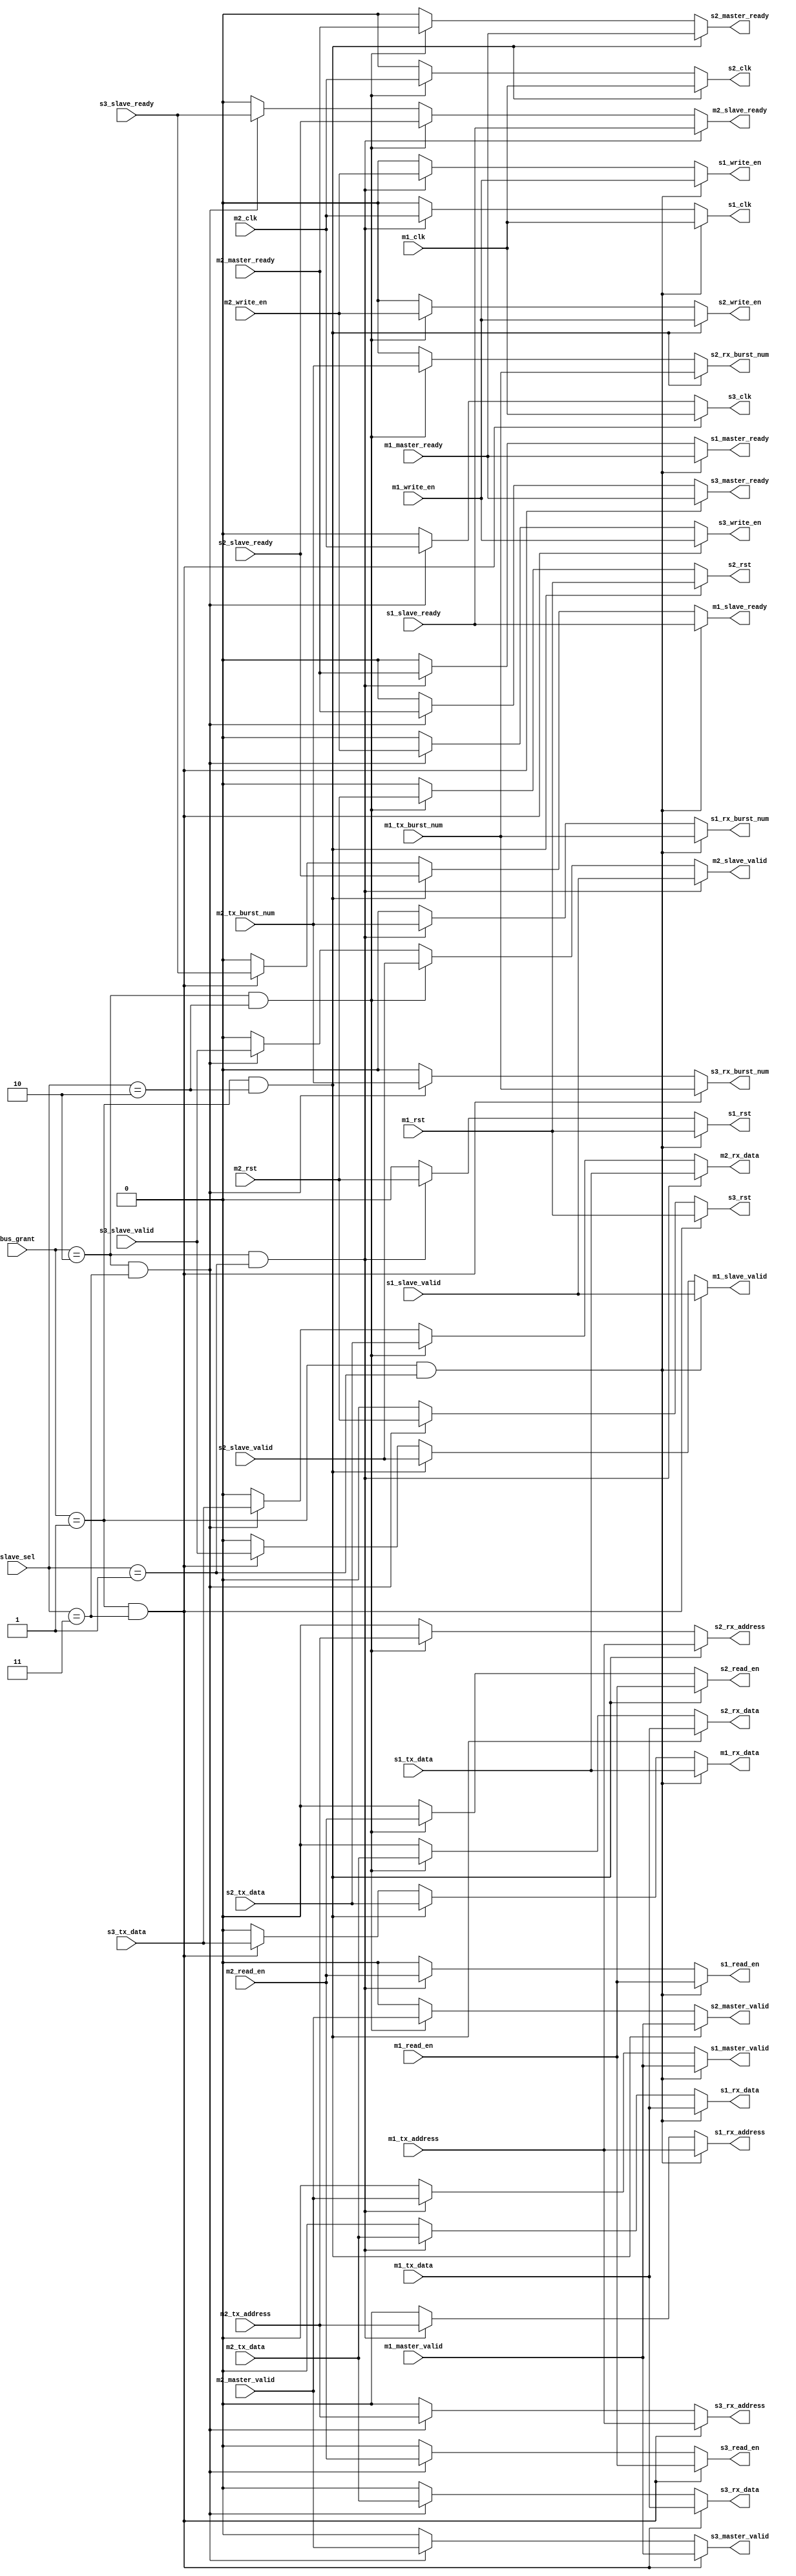

module Bus_mux(

input [1:0] bus_grant, 
input [1:0] slave_sel,

input m1_clk, 
input m1_rst,
input m1_master_valid,
input m1_master_ready,
input m1_tx_address,
input m1_tx_data,
output m1_rx_data,
input m1_write_en,
input m1_read_en,
output m1_slave_valid,
output m1_slave_ready,
input m1_tx_burst_num,

input m2_clk, 
input m2_rst,
input m2_master_valid,
input m2_master_ready,
input m2_tx_address,
input m2_tx_data,
output m2_rx_data,
input m2_write_en,
input m2_read_en,
output m2_slave_valid,
output m2_slave_ready,
input m2_tx_burst_num,

output s1_clk, 
output s1_rst,
output s1_master_valid,
output s1_master_ready,
output s1_rx_address,
output s1_rx_data,
input s1_tx_data,
output s1_write_en,
output s1_read_en,
input s1_slave_valid,
input s1_slave_ready,
output s1_rx_burst_num,

output s2_clk, 
output s2_rst,
output s2_master_valid,
output s2_master_ready,
output s2_rx_address,
output s2_rx_data,
input s2_tx_data,
output s2_write_en,
output s2_read_en,
input s2_slave_valid,
input s2_slave_ready,
output s2_rx_burst_num,

output s3_clk, 
output s3_rst,
output s3_master_valid,
output s3_master_ready,
output s3_rx_address,
output s3_rx_data,
input s3_tx_data,
output s3_write_en,
output s3_read_en,
input s3_slave_valid,
input s3_slave_ready,
output s3_rx_burst_num

);


////////////////// M1 //////////////////////////
assign m1_rx_data     = ((bus_grant == 2'd1) & (slave_sel == 2'd1)) ? s1_tx_data:
                        ((bus_grant == 2'd1) & (slave_sel == 2'd2)) ? s2_tx_data:
                        ((bus_grant == 2'd1) & (slave_sel == 2'd3)) ? s3_tx_data: 1'b0;

assign m1_slave_ready = ((bus_grant == 2'd1) & (slave_sel == 2'd1)) ? s1_slave_ready:
                        ((bus_grant == 2'd1) & (slave_sel == 2'd2)) ? s2_slave_ready: 
                        ((bus_grant == 2'd1) & (slave_sel == 2'd3)) ? s3_slave_ready: 1'b0;
								
assign m1_slave_valid = ((bus_grant == 2'd1) & (slave_sel == 2'd1)) ? s1_slave_valid:
                        ((bus_grant == 2'd1) & (slave_sel == 2'd2)) ? s2_slave_valid: 
                        ((bus_grant == 2'd1) & (slave_sel == 2'd3)) ? s3_slave_valid: 1'b0;
								

////////////////// M2 /////////////////////////
assign m2_rx_data     = ((bus_grant == 2'd2) & (slave_sel == 2'd1)) ? s1_tx_data:
                        ((bus_grant == 2'd2) & (slave_sel == 2'd2)) ? s2_tx_data: 
                        ((bus_grant == 2'd2) & (slave_sel == 2'd3)) ? s3_tx_data: 1'b0;

assign m2_slave_ready = ((bus_grant == 2'd2) & (slave_sel == 2'd1)) ? s1_slave_ready:
                        ((bus_grant == 2'd2) & (slave_sel == 2'd2)) ? s2_slave_ready:
                        ((bus_grant == 2'd2) & (slave_sel == 2'd3)) ? s3_slave_ready: 1'b0;
								
assign m2_slave_valid = ((bus_grant == 2'd2) & (slave_sel == 2'd1)) ? s1_slave_valid:
                        ((bus_grant == 2'd2) & (slave_sel == 2'd2)) ? s2_slave_valid:
                        ((bus_grant == 2'd2) & (slave_sel == 2'd3)) ? s3_slave_valid: 1'b0;


////////////////// S1 /////////////////////////
assign s1_clk         = ((bus_grant == 2'd1) & (slave_sel == 2'd1)) ? m1_clk:
                        ((bus_grant == 2'd2) & (slave_sel == 2'd1)) ? m2_clk: 1'b0; 

assign s1_rst         = ((bus_grant == 2'd1) & (slave_sel == 2'd1)) ? m1_rst: 
                        ((bus_grant == 2'd2) & (slave_sel == 2'd1)) ? m2_rst: 1'b0;

assign s1_master_valid= ((bus_grant == 2'd1) & (slave_sel == 2'd1)) ? m1_master_valid:
						((bus_grant == 2'd2) & (slave_sel == 2'd1)) ? m2_master_valid: 1'b0;

assign s1_master_ready= ((bus_grant == 2'd1) & (slave_sel == 2'd1)) ? m1_master_ready:
						((bus_grant == 2'd2) & (slave_sel == 2'd1)) ? m2_master_ready: 1'b0;
								
assign s1_rx_address  = ((bus_grant == 2'd1) & (slave_sel == 2'd1)) ? m1_tx_address:
                        ((bus_grant == 2'd2) & (slave_sel == 2'd1)) ? m2_tx_address: 1'b0;

assign s1_rx_data     = ((bus_grant == 2'd1) & (slave_sel == 2'd1)) ? m1_tx_data:
                        ((bus_grant == 2'd2) & (slave_sel == 2'd1)) ? m2_tx_data: 1'b0;

assign s1_write_en    = ((bus_grant == 2'd1) & (slave_sel == 2'd1)) ? m1_write_en: 
                        ((bus_grant == 2'd2) & (slave_sel == 2'd1)) ? m2_write_en: 1'b0;

assign s1_read_en     = ((bus_grant == 2'd1) & (slave_sel == 2'd1)) ? m1_read_en:
                        ((bus_grant == 2'd2) & (slave_sel == 2'd1)) ? m2_read_en: 1'b0;

assign s1_rx_burst_num = ((bus_grant == 2'd1) & (slave_sel == 2'd1)) ? m1_tx_burst_num:
                         ((bus_grant == 2'd2) & (slave_sel == 2'd1)) ? m2_tx_burst_num: 1'b0;


////////////////// S2 /////////////////////////
assign s2_clk         = ((bus_grant == 2'd1) & (slave_sel == 2'd2)) ? m1_clk:
                        ((bus_grant == 2'd2) & (slave_sel == 2'd2)) ? m2_clk: 1'b0; 

assign s2_rst         = ((bus_grant == 2'd1) & (slave_sel == 2'd2)) ? m1_rst: 
                        ((bus_grant == 2'd2) & (slave_sel == 2'd2)) ? m2_rst: 1'b0;

assign s2_master_valid= ((bus_grant == 2'd1) & (slave_sel == 2'd2)) ? m1_master_valid:
                        ((bus_grant == 2'd2) & (slave_sel == 2'd2)) ? m2_master_valid: 1'b0;

assign s2_master_ready= ((bus_grant == 2'd1) & (slave_sel == 2'd2)) ? m1_master_ready:
                        ((bus_grant == 2'd2) & (slave_sel == 2'd2)) ? m2_master_ready: 1'b0;								
								
assign s2_rx_address  = ((bus_grant == 2'd1) & (slave_sel == 2'd2)) ? m1_tx_address:
                        ((bus_grant == 2'd2) & (slave_sel == 2'd2)) ? m2_tx_address: 1'b0;

assign s2_rx_data     = ((bus_grant == 2'd1) & (slave_sel == 2'd2)) ? m1_tx_data:
                        ((bus_grant == 2'd2) & (slave_sel == 2'd2)) ? m2_tx_data: 1'b0;

assign s2_write_en    = ((bus_grant == 2'd1) & (slave_sel == 2'd2)) ? m1_write_en: 
                        ((bus_grant == 2'd2) & (slave_sel == 2'd2)) ? m2_write_en: 1'b0;

assign s2_read_en     = ((bus_grant == 2'd1) & (slave_sel == 2'd2)) ? m1_read_en:
                        ((bus_grant == 2'd2) & (slave_sel == 2'd2)) ? m2_read_en: 1'b0;

assign s2_rx_burst_num = ((bus_grant == 2'd1) & (slave_sel == 2'd2)) ? m1_tx_burst_num:
                         ((bus_grant == 2'd2) & (slave_sel == 2'd2)) ? m2_tx_burst_num: 1'b0;

////////////////// S3 /////////////////////////
assign s3_clk         = ((bus_grant == 2'd1) & (slave_sel == 2'd3)) ? m1_clk:
                        ((bus_grant == 2'd2) & (slave_sel == 2'd3)) ? m2_clk: 1'b0; 

assign s3_rst         = ((bus_grant == 2'd1) & (slave_sel == 2'd3)) ? m1_rst: 
                        ((bus_grant == 2'd2) & (slave_sel == 2'd3)) ? m2_rst: 1'b0;

assign s3_master_valid= ((bus_grant == 2'd1) & (slave_sel == 2'd3)) ? m1_master_valid:
                        ((bus_grant == 2'd2) & (slave_sel == 2'd3)) ? m2_master_valid: 1'b0;

assign s3_master_ready= ((bus_grant == 2'd1) & (slave_sel == 2'd3)) ? m1_master_ready:
                        ((bus_grant == 2'd2) & (slave_sel == 2'd3)) ? m2_master_ready: 1'b0;								
								
assign s3_rx_address  = ((bus_grant == 2'd1) & (slave_sel == 2'd3)) ? m1_tx_address:
                        ((bus_grant == 2'd2) & (slave_sel == 2'd3)) ? m2_tx_address: 1'b0;

assign s3_rx_data     = ((bus_grant == 2'd1) & (slave_sel == 2'd3)) ? m1_tx_data:
                        ((bus_grant == 2'd2) & (slave_sel == 2'd3)) ? m2_tx_data: 1'b0;

assign s3_write_en    = ((bus_grant == 2'd1) & (slave_sel == 2'd3)) ? m1_write_en: 
                        ((bus_grant == 2'd2) & (slave_sel == 2'd3)) ? m2_write_en: 1'b0;

assign s3_read_en     = ((bus_grant == 2'd1) & (slave_sel == 2'd3)) ? m1_read_en:
                        ((bus_grant == 2'd2) & (slave_sel == 2'd3)) ? m2_read_en: 1'b0;

assign s3_rx_burst_num = ((bus_grant == 2'd1) & (slave_sel == 2'd3)) ? m1_tx_burst_num:
                         ((bus_grant == 2'd2) & (slave_sel == 2'd3)) ? m2_tx_burst_num: 1'b0;

endmodule